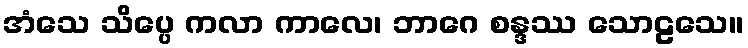
အံသေ သိပ္ပေ ကလာ ကာလေ၊ ဘာဂေ စန္ဒဿ သောဠသေ။